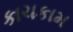
કાચકામ